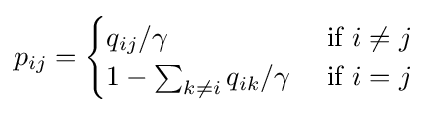
p_{ij}={\begin{cases}q_{ij}/\gamma &{\text{ if }}i\neq j\\1-\sum _{k\neq i}q_{ik}/\gamma &{\text{ if }}i=j\end{cases}}